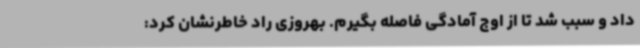
داد و سبب شد تا از اوج آمادگی فاصله بگیرم. بهروزی راد خاطرنشان کرد: